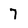
Character: 7